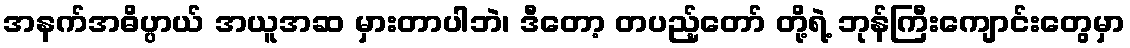
အနက်အဓိပ္ပာယ် အယူအဆ မှားတာပါဘဲ၊ ဒီတော့ တပည့်တော် တို့ရဲ့ ဘုန်ကြီးကျောင်းတွေမှာ